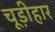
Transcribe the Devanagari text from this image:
चूड़ीहार